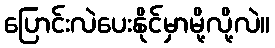
ပြောင်းလဲပေးနိုင်မှာမို့လို့လဲ။